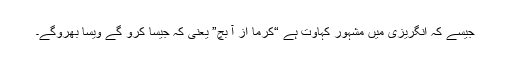
جیسے کہ انگریزی میں مشہور کہاوت ہے “کرما از آ بچ” یعنی کہ جیسا کرو گے ویسا بھروگے۔